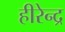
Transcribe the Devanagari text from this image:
हीरेन्द्र